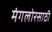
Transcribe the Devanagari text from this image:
मंगलोरसाठी